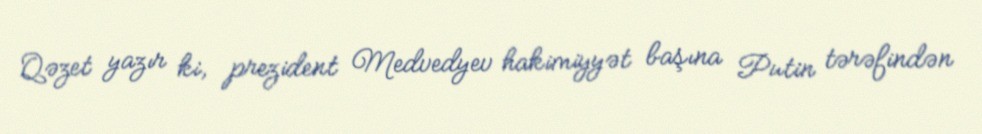
Qəzet yazır ki, prezident Medvedyev hakimiyyət başına Putin tərəfindən